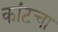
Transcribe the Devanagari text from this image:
कांटचा